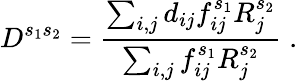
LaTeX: D^{s_{1}s_{2}}=\frac{\sum_{i,j}d_{ij}f_{ij}^{s_{1}}R_{j}^{s_{2}}}{\sum_{i,j}f_{ij}^{s_{1}}R_{j}^{s_{2}}}\; .